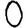
Digit: 0